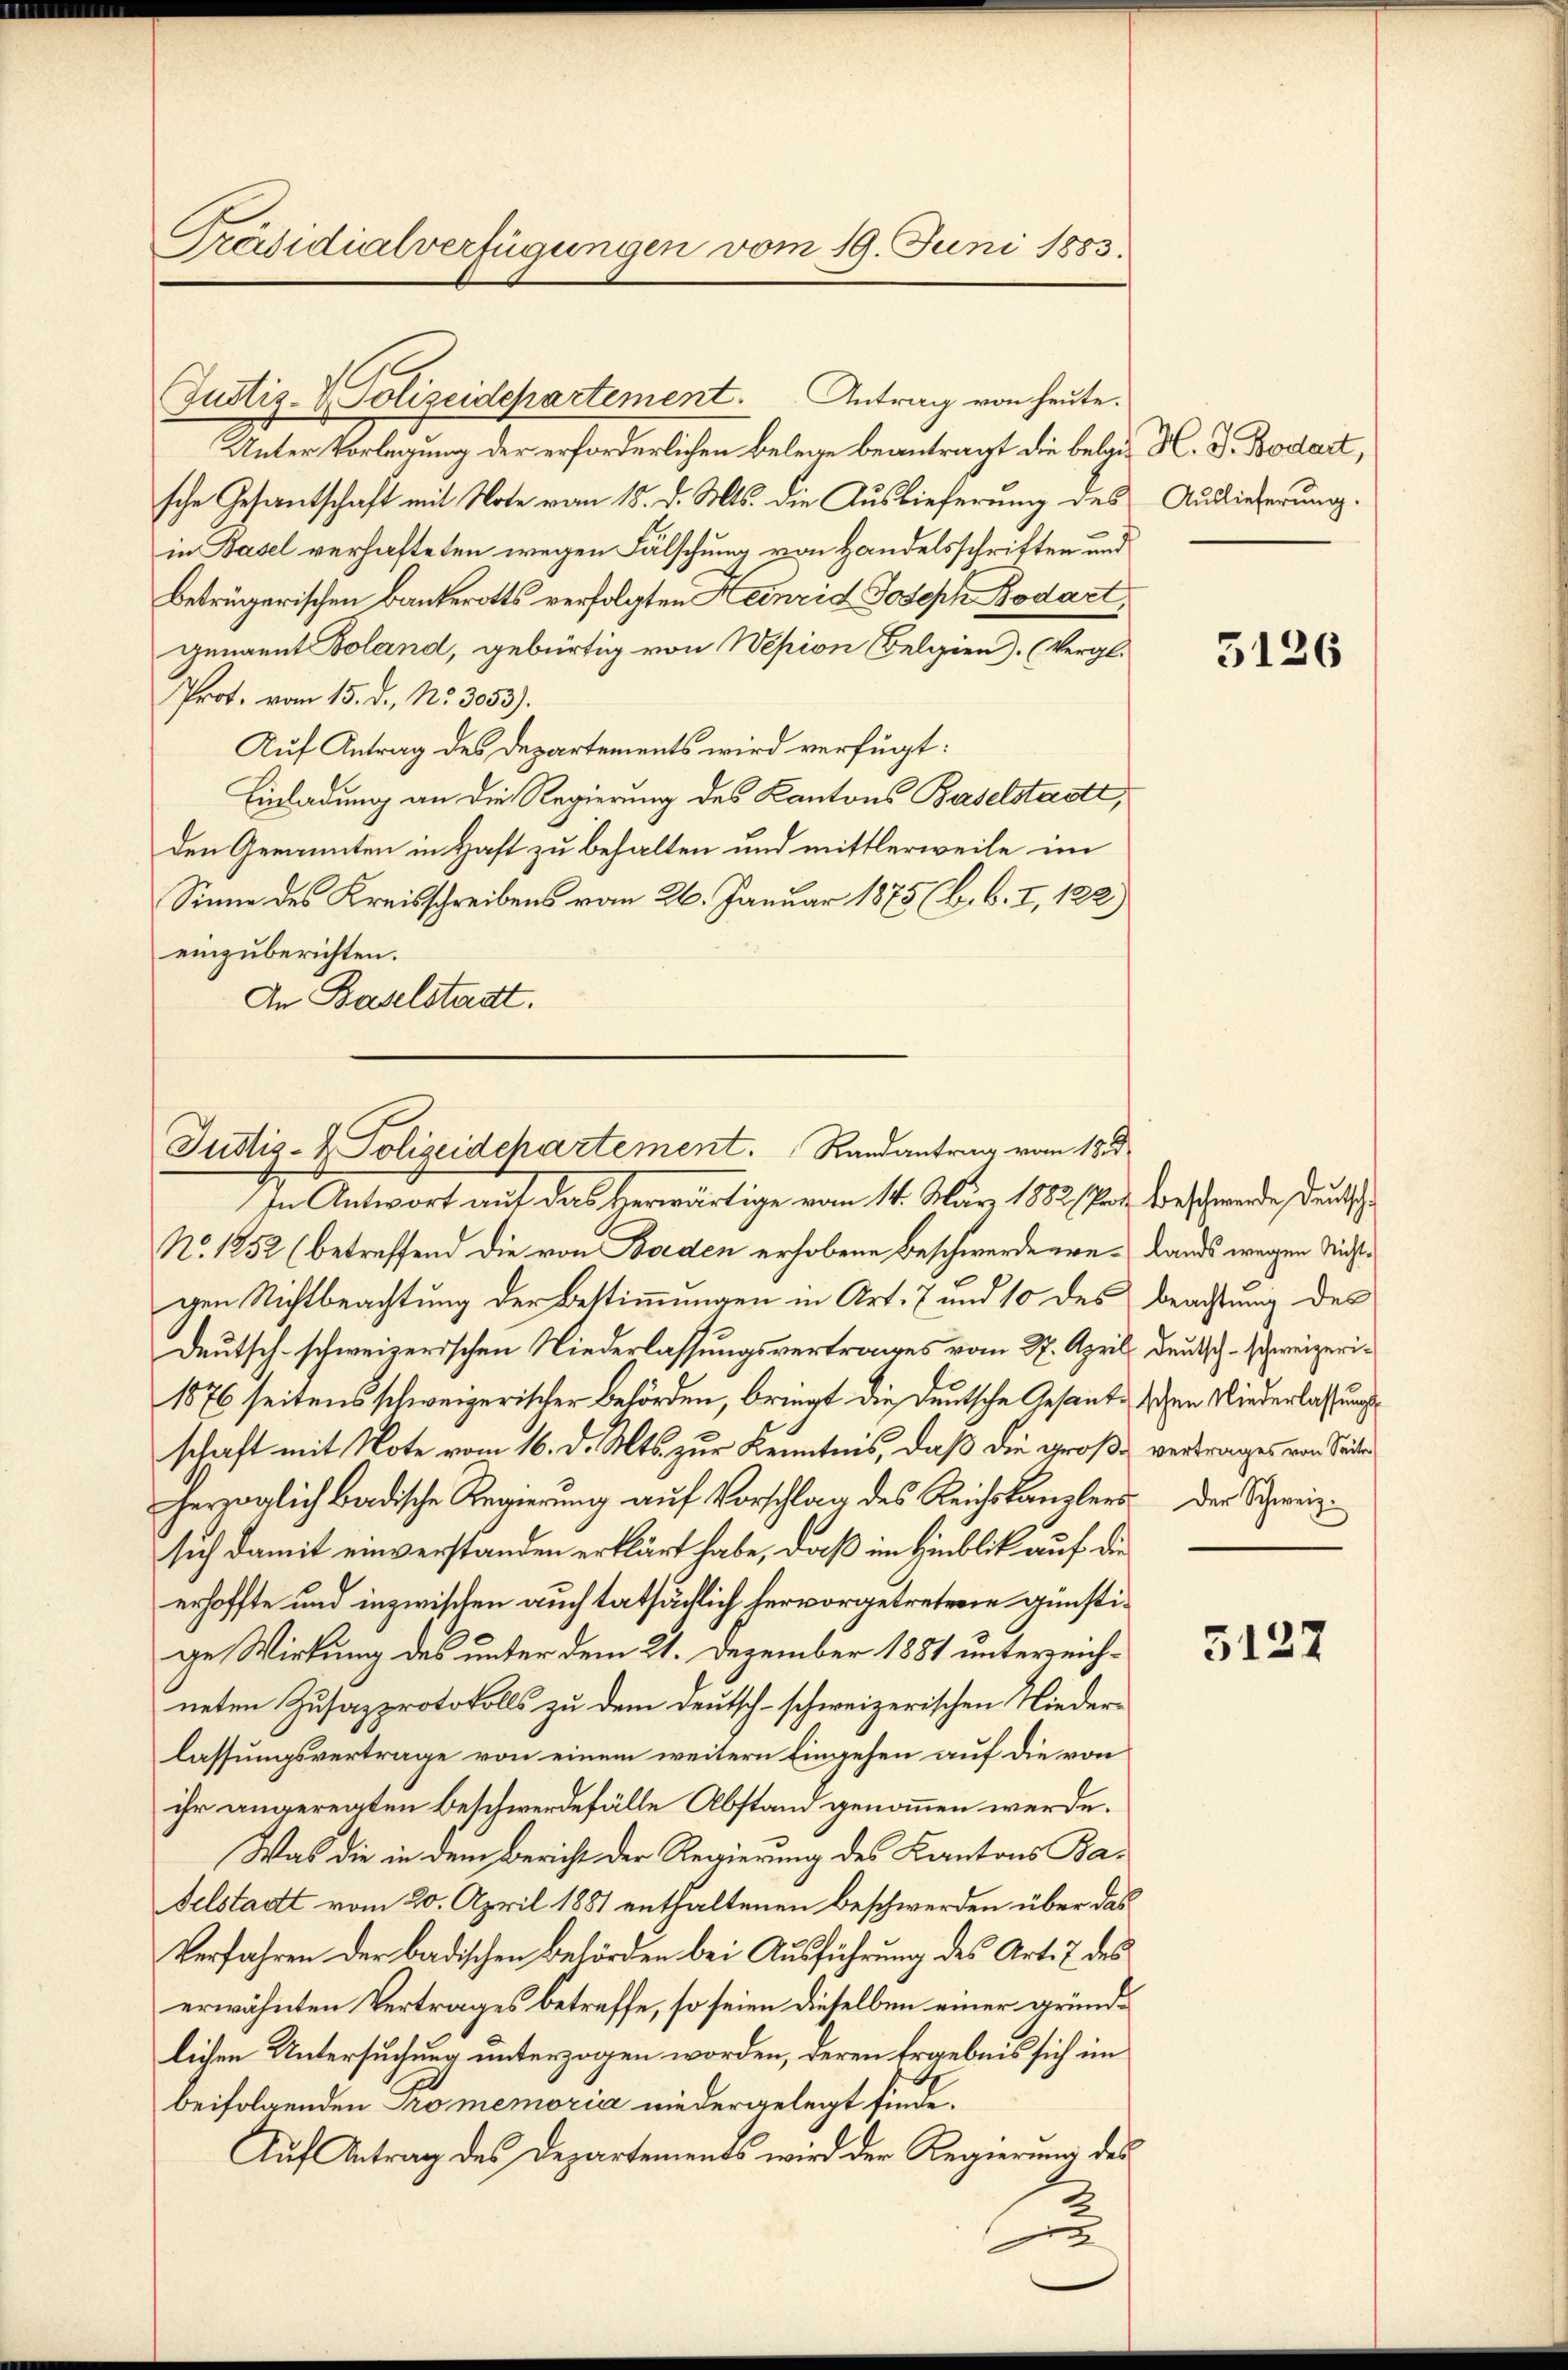
Präsidialverfügungen vom 19. Juni 1883.

Justiz- & Polizeidepartement. Antrag von heute.
Unter Vorlegung der erforderlichen Belege beantragt die belaus M. D. Bodart,
sche Gesandtschaft mit Note vom 15. d. Mts. die Auslieferung des Auslieferung.
in Basel verhafteten wegen Fälschung von Handelsschritten und
betrügerischen Bankerotts verfolgten Heinrid Joseph Bodart,
genannt Soland, gebürtig von Wepion Belgien). (Vergl.
Prot. vom 15. d. No. 3053).
Auf Antrag des Departements wird verfügt:
Einladung an die Regierung des Kantons Baselstadtt,
den Genannten in Haft zu behalten und mittlerweile im
Sinne des Kreisschreibens vom 26. Januar 1875 (6. b. I, 122)
einzuberichten.
An Baselstadt.

Justiz- & Polizeidepartement.  Randantrag vom 18 d

In Antwort auf das Herwärtige vom 14. März 1882 von Beschwerde, deutsch
No. 1852 (betreffend die von Boden erhobene Beschwerde eve-Lands wegen Nichtgen Nichtbeachtung der Bestimmungen in Art. 7 und 10 des beachtung des
Deutsch-schweizerischen Niederlassungsvertrages vom 27. April deutsch-schweizeri¬
1876 seitens schweizerischer Behörden, bringt die Deutsche Gesante schen Niederlassung
schaft mit Note vom 16. d. Mts. zur Kenntnis, daß die große vertrages von Seiter
herzoglich badische Regierung auf Vorschlag des Reichskanzlers
sich damit einverstanden erklärt habe, daß im Hinblik auf die
erhoffte und inzwischen auch tatsächlich hervorgetretene günstige Wirkung des unter dem 21. Dezember 1881 unterreichneten Zusazprotokolls zu dem Deutsch-schweizerischen Niederlassungsvertrage von einem weitern Eingehen auf die von
ihr angereiten Beschwerdefälle Abstand genommen werde.
Was die in dem Bericht der Regierung des Kantons Batelstadt vom 20. April 1881 enthaltenen Beschwerden über das
Verfahren der badischen Behörden bei Ausführung des Art. 7 des
erwähnten Vertrages betreffe, so seien dieselben einer gründlichen Untersuchung unterzogen worden, deren Ergebnis sich im
beifolgenden Promemoria niedergelegt finde.
Auf Antrag des Departements wird der Regierung des

3126

.
Der Schweiz.

5127